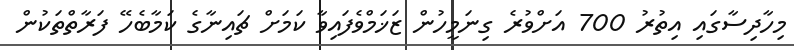
މިހާދިސާގައި އިތުރު 700 އަށްވުރެ ގިނަމީހުން ޒަޚަމްވެފައިވާ ކަމަށް ޗައިނާގެ ކަމާބެހޭ ފަރާތްތަކުން